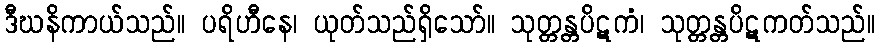
ဒီဃနိကာယ်သည်။ ပရိဟီနေ၊ ယုတ်သည်ရှိသော်။ သုတ္တန္တပိဋကံ၊ သုတ္တန္တပိဋကတ်သည်။